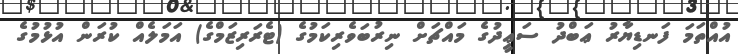
އުއްތަމަ ފަނޑިޔާރު ޢަބްދު ސަޢީދުގެ މައްޗަށް ނިރުބަވެރިކަމުގެ (ޓެރަރިޒަމްގެ) އަމަލެއް ކުރަން އުޅުމުގެ